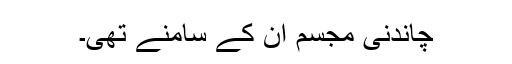
چاندنی مجسم ان کے سامنے تھی۔